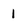
Character: 1